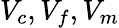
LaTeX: V_{c},V_{f},V_{m}